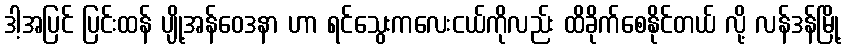
ဒါ့အပြင် ပြင်းထန် ပျို့အန်ဝေဒနာ ဟာ ရင်သွေးကလေးငယ်ကိုလည်း ထိခိုက်စေနိုင်တယ် လို့ လန်ဒန်မြို့